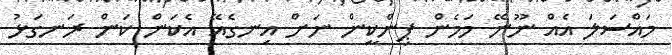
މައްސަލަ އެއް ނޫނޭ މަމެން ޕިންކީން ނަށް އިނގެއޭ އެކަން ކަން ރަނގަޅު